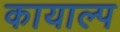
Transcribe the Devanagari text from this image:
कायाल्प